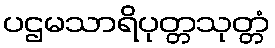
ပဌမသာရိပုတ္တသုတ္တံ